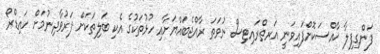
ފަންގިފިލާ ޚާއްސަކޮށްފައިވަނީ އަރތްރައިޓިސް ނުވަތަ ރާއްޖެބައްޔަށާއި ހުޅުތަކުގެ އެކި ބަލިތަކަށް ފަރުވާދިނުމަށް ހައިޑްރޯ